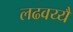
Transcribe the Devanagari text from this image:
लढवय्यै